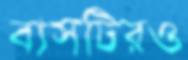
বাসটিরও